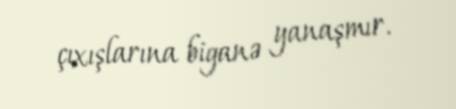
çıxışlarına biganə yanaşmır.